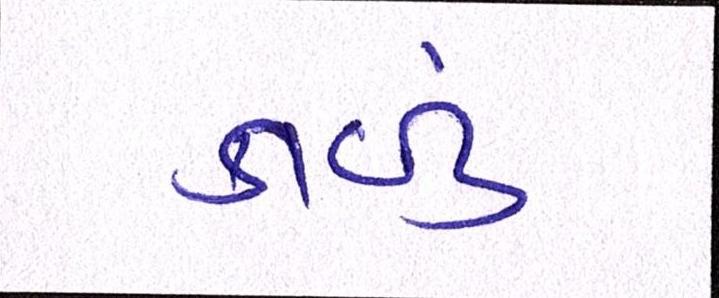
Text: કાળું